Training of Teachers. Pupil Teachers, 1906
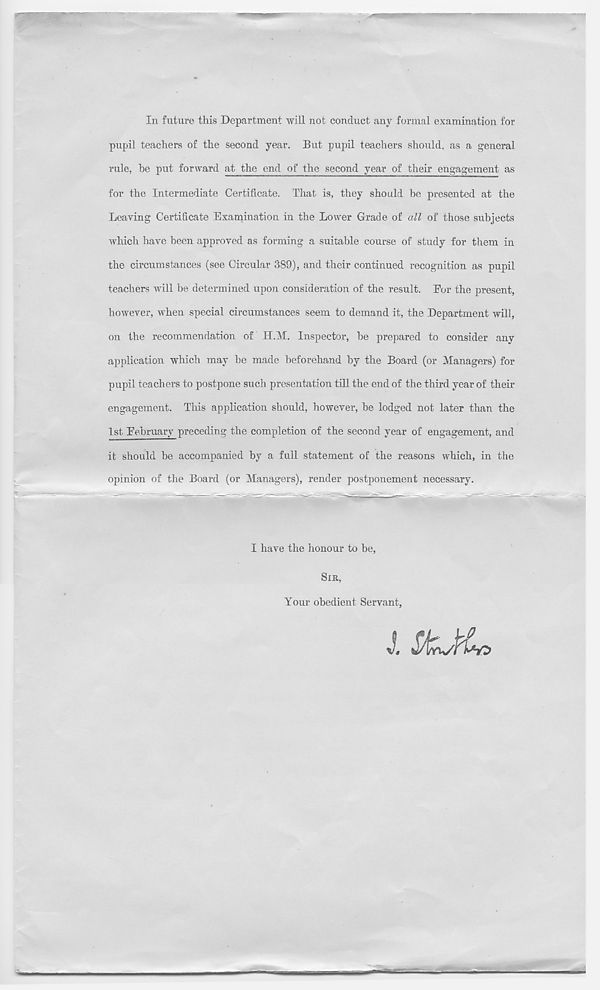
In future this Department will not conduct any formal examination for
pupil teachers of the second year. But pupil teachers should, as a general
rule, he put forward at the end of the second year of their engagement as
for the Intermediate Certificate. That is, they should be presented at the
Leaving Certificate Examination in the Lower Grade of all of those subjects
which have been approved as forming a suitable course of study for them in
the circumstances (see Circular 389), and their continued recognition as pupil
teachers will be determined upon consideration of the result. For the present,
however, when special circumstances seem to demand it, the Department will,
on the recommendation of H.M. Inspector, be prepared to consider any
application which may be made beforehand by the Board (or Managers) for
pupil teachers to postpone such presentation till the end of the third year of their
engagement. This application should, however, be lodged not later than the
1st February preceding the completion of the second year of engagement, and
it should be accompanied by a full statement of the reasons which, in the
opinion of the Board (or Managers), render postponement necessary.
I have the honour to be,
SIR.
Your obedient Servant,